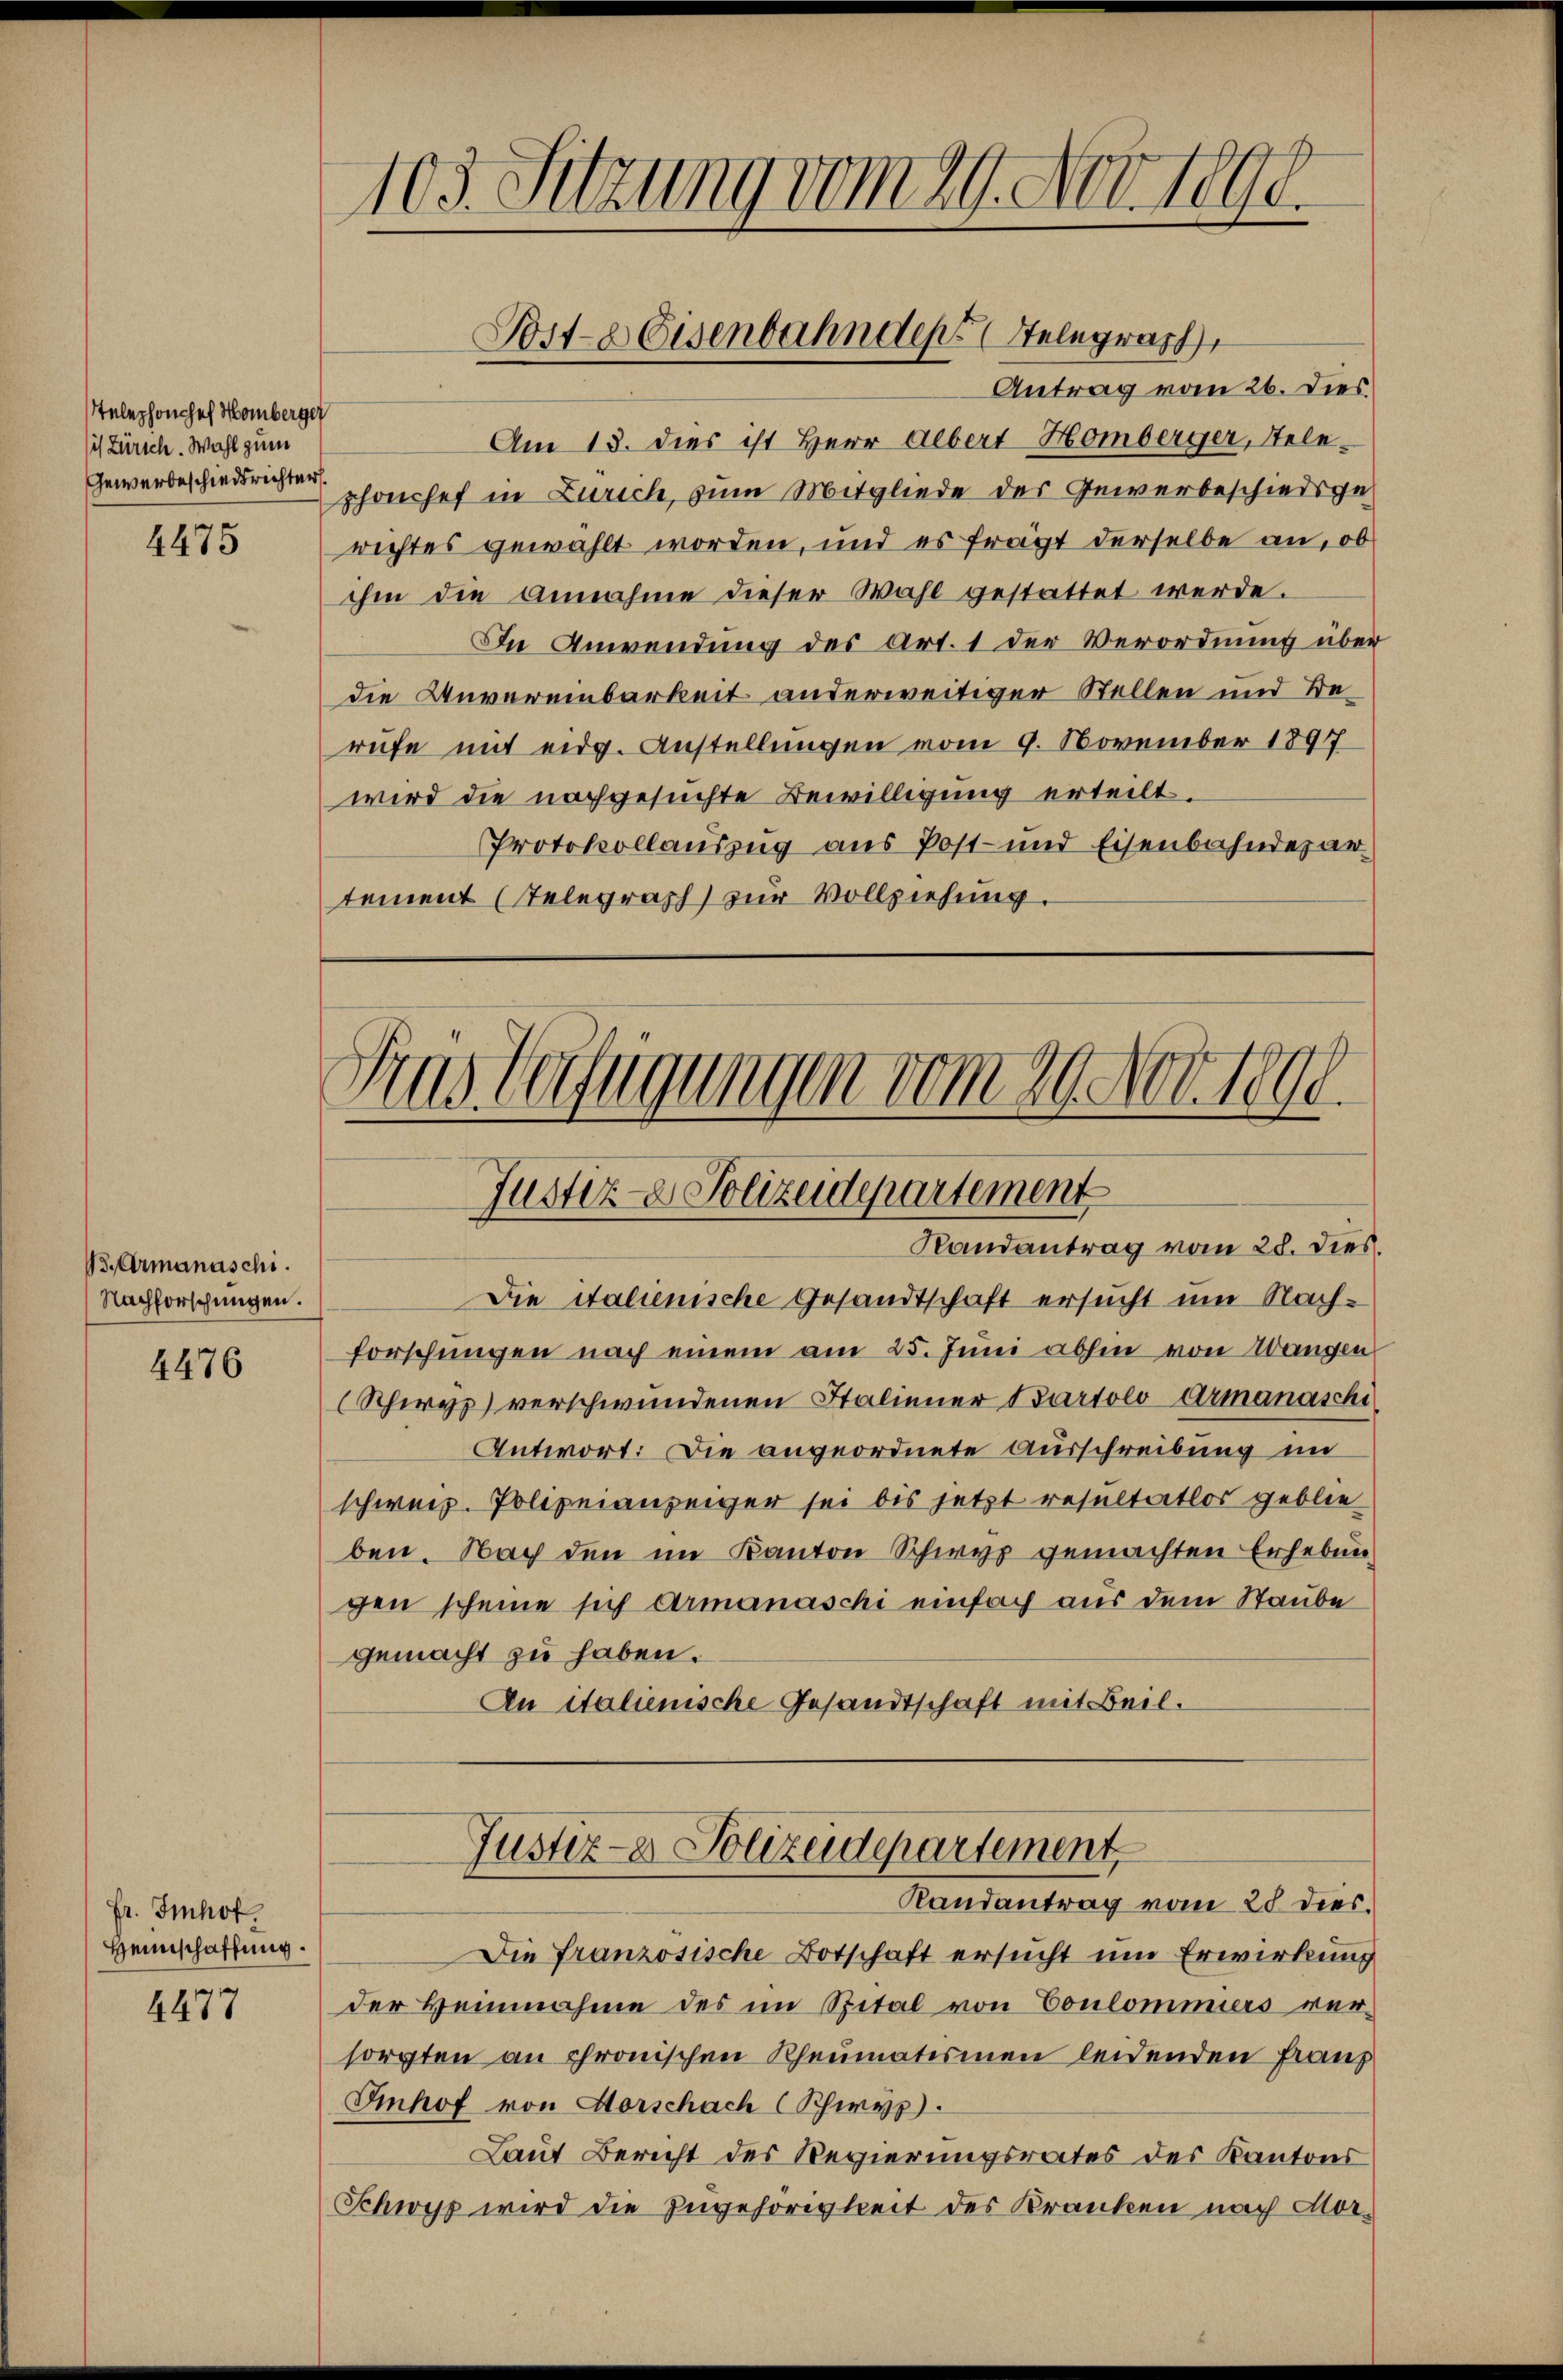
telephonchef Homberger
is Zürich. Wahl zum
Gewerbeschiedsrichter

4475

B., Armanaschi.
Nachforschungen.

4476

Fr. Imhof.
Heimschaffung.

4477

103. Sitzung vom 29. Nov. 1890.

Am 13. dies ist Herr Albert Homberger, Teleshonchef in Zürich, zum Mitgliede der Gewerbeschiedsgerichtes gewählt worden, und es frägt derselbe an, ob
ihm die Annahme dieser Wahl gestattet werde.
In Anwendung des Art. 1 der Verordnung über
die Unvereinbarkeit anderweitiger Stellen und Berufe mit eidg. Anstellungen vom 9. November 1897
wird die nachgesuchte Bewilligung erteilt.
Protokollauszug aus Post- und Eisenbahndepartement (Telegraph zur Vollziehung.

Post- Eisenbahndeprelegrap

Sins Verfügungen vom 29. Nov. 1890.
Justiz- & Polizeidepartement
Randantrag vom 28. dies.

Antrag vom 26. Dies

Justiz- & Polizeidepartement
Randantrag vom 28 dies¬

Die französische Botschaft ersucht um Erwirkung
der Heinnahme des im Spital von Conlommiers versorgten an chronischen Rheumatismen leidenden Franz
Imhof von Horschach (Schwyz.
Laut Bericht des Regierungsrates des Kantons
Schwyz wird die Zugehörigkeit des Kranken nach Mor¬

Die Italienische Gesandtschaft ersucht um Nachforschungen nach einem am 25. Juni abhin von Wangen
(Schirys verschwundenen Italiener Bartolo-Armanaschi
Antwort: Die angeordnete Ausschreibung in
schweiz. Polizeianzeiger sei bis jetzt resultatlos geblie
ben. Nach den im Kanton Schwyz gemachten Erhebungen scheine sich Armanaschi einfach aus dem Staube
gemacht zu haben.
An italienische Gesandtschaft mit Beil.